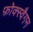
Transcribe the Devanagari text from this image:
फ़ोक्स्वैगन